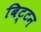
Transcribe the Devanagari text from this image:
बिट्टन